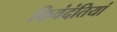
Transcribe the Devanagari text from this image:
किवंदंतियां